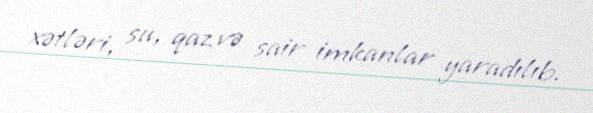
xətləri, su, qaz və sair imkanlar yaradılıb.